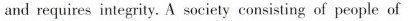
and requires integrity. A society consisting of